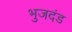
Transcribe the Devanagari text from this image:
भुजदंड